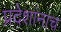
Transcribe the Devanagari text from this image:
प्रदेशांनाच